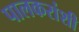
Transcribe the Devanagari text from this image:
पालकरांशी